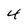
Character: 4